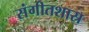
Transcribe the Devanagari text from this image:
संगीतशास्र